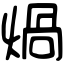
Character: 煱